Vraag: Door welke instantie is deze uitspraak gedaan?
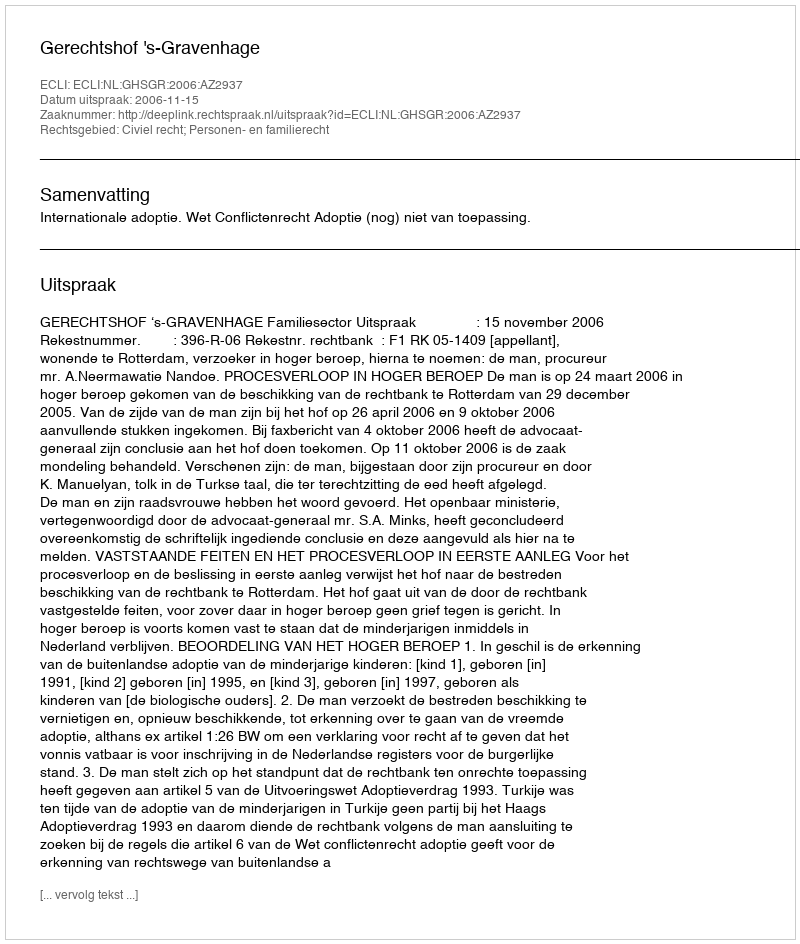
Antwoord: Gerechtshof 's-Gravenhage